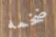
ضخمه